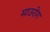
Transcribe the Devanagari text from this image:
माउरोंग